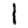
Digit: 1